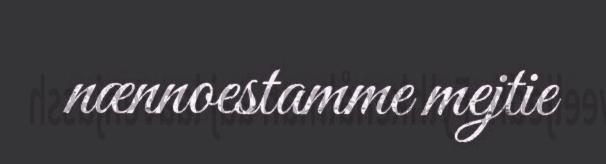
nænnoestamme mejtie